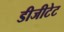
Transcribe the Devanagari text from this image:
डीजीटेट